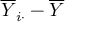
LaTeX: { \overline { { Y } } } _ { i \cdot } - { \overline { { Y } } }